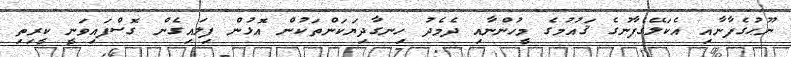
ނޫޙުގެފާނާއި އެކަލޭގެފާނުގެ ޤައުމުގެ މީހުންނާއި ދެމެދު ހިނގާދިޔަކަންތަކުން އޮޅުން ފިލައިގެން ގޮސްފައިވަނީ ކީރިތި